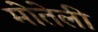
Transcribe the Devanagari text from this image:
मोतेली